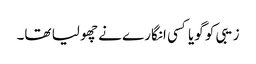
زیبی کو گویا کسی انگارے نے چھو لیا تھا۔